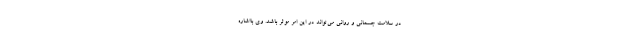
در سلامت جسمانی و روانی می‌تواند در این امر موثر باشد. وی بااشاره